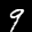
Label: 9